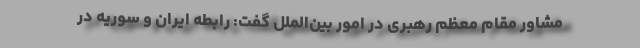
مشاور مقام معظم رهبری در امور بین‌الملل گفت: رابطه ایران و سوریه در